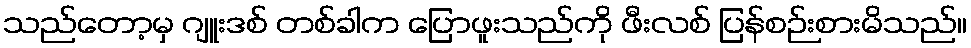
သည်တော့မှ ဂျူးဒစ် တစ်ခါက ပြောဖူးသည်ကို ဖီးလစ် ပြန်စဉ်းစားမိသည်။